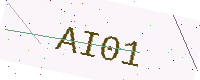
Text: AI01